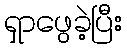
ရှာဖွေခဲ့ပြီး